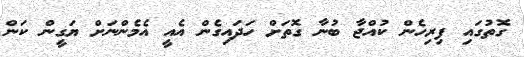
ގޮތުގައި ފިރިހެން ކުއްޖާ ބުނާ ގޮތަށް ހަދައިގެން އެއީ އެމެންނަށް ޔަގީން ކަން